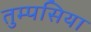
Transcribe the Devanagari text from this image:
तुम्पसिया